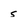
Character: s